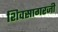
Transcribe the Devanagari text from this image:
शिवसागरजी